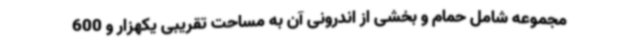
مجموعه شامل حمام و بخشی از اندرونی آن به مساحت تقریبی یکهزار و 600